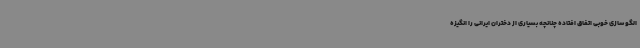
الگو سازی خوبی اتفاق افتاده چنانچه بسیاری از دختران ایرانی را انگیزه